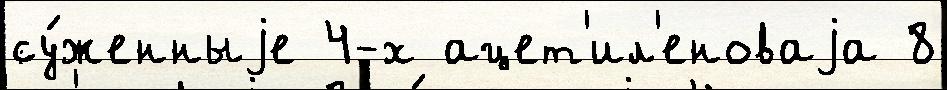
су́женныjе 4-х ацет'ил'еноваjа 8